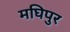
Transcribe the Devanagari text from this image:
मघिपुर